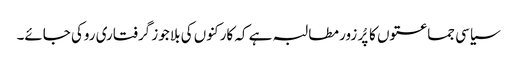
سیاسی جماعتوں کا پُر زور مطالبہ ہے کہ کارکنوں کی بلا جوز گرفتاری روکی جائے۔